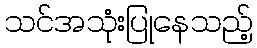
သင်အသုံးပြုနေသည့်